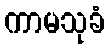
ကာမသုခံ